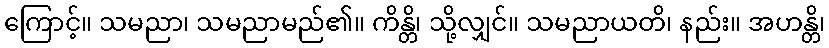
ကြောင့်။ သမညာ၊ သမညာမည်၏။ ကိန္တိ၊ သို့လျှင်။ သမညာယတိ၊ နည်း။ အဟန္တိ၊